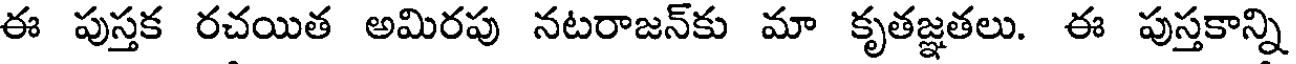
ఈ పుస్తక రచయిత అమిరపు నటరాజన్కు మా కృతజ్ఞతలు. ఈ పుస్తకాన్ని